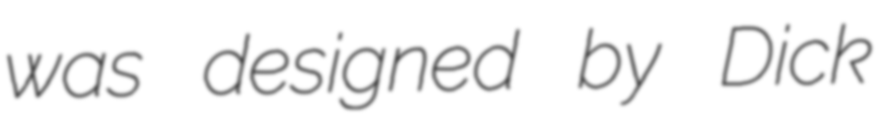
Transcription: was designed by Dick